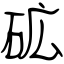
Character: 砿